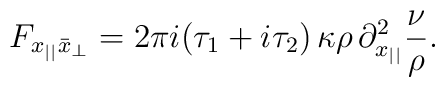
F_{x_{||}\bar x_\perp}=2\pi i(\tau_1+i\tau_2)\,\kappa\rho\,\partial^2_{x_{||}}\frac{\nu}{\rho}.